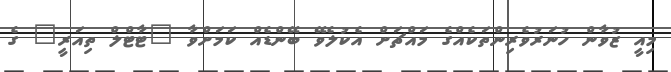
މިއީ ޒުވާން ހުނަރުވެރިންތަކެއްގެ މައްޗަށް އެކުލެވޭ ބޭންޑެއް ކަމަށްވާ "ޓާޓްލް ތިއަރީ" ގެ